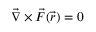
\vec { \nabla } \times \vec { F } ( \vec { r } ) = 0